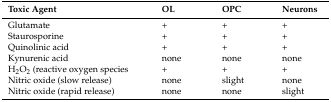
<table><thead><tr><td><b>Toxic Agent</b></td><td><b>OL</b></td><td><b>OPC</b></td><td><b>Neurons</b></td></tr></thead><tbody><tr><td>Glutamate</td><td>+</td><td>+</td><td>+</td></tr><tr><td>Staurosporine</td><td>+</td><td>+</td><td>+</td></tr><tr><td>Quinolinic acid</td><td>+</td><td>+</td><td>+</td></tr><tr><td>Kynurenic acid</td><td>none</td><td>none</td><td>none</td></tr><tr><td>H<sub>2</sub>O<sub>2</sub> (reactive oxygen species</td><td>+</td><td>+</td><td>+</td></tr><tr><td>Nitric oxide (slow release)</td><td>none</td><td>slight</td><td>none</td></tr><tr><td>Nitric oxide (rapid release)</td><td>none</td><td>none</td><td>slight</td></tr></tbody></table>